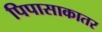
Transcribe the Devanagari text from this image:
पिपासाकातर